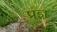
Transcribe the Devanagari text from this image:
प्रज्ञ